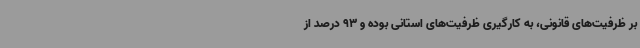
بر ظرفیت‌های قانونی، به کارگیری ظرفیت‌های استانی بوده و 93 درصد از